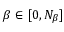
\beta \in [ 0 , N _ { \beta } ]